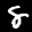
Label: 8